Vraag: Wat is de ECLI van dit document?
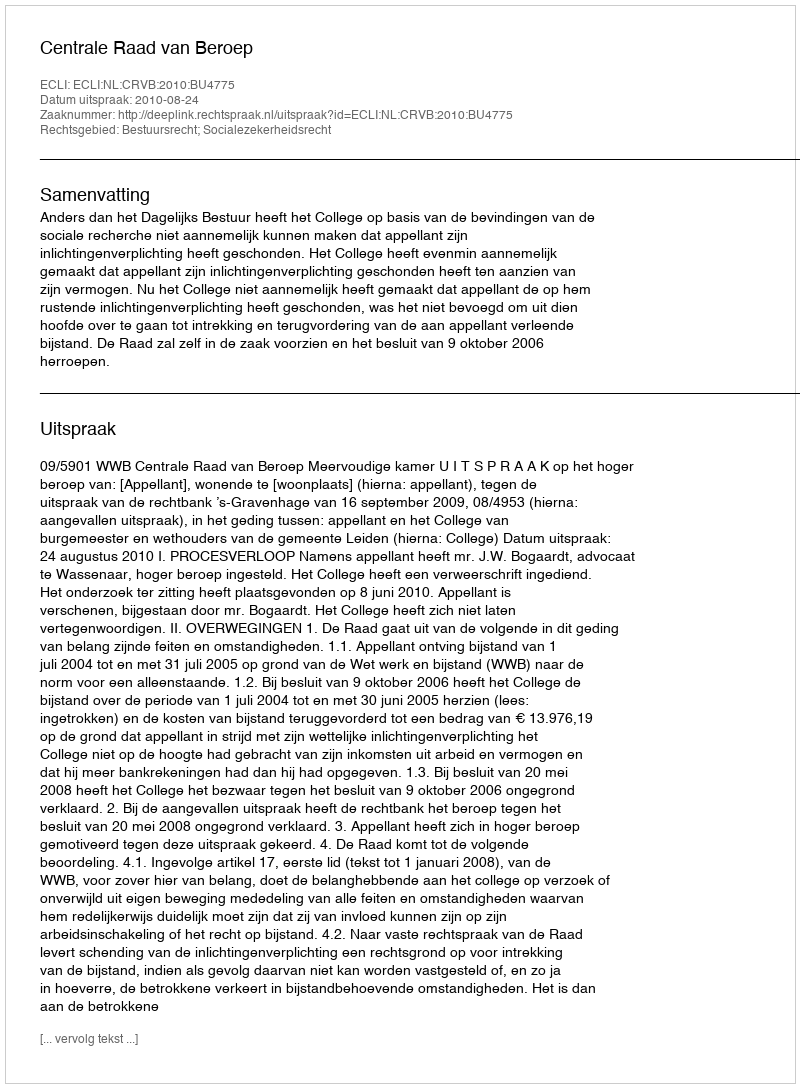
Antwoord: ECLI:NL:CRVB:2010:BU4775